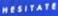
HESITATE